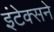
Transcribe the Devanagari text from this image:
इंटेक्सने